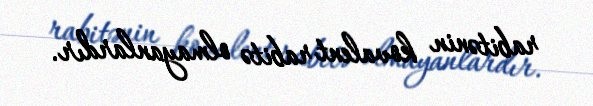
rabitənin kovalent rabitə olmayanlardır.